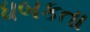
ધબકતા